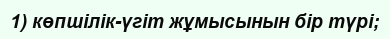
1) көпшілік-үгіт жұмысынын бір түрі;